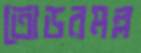
তোডরমল্ল